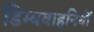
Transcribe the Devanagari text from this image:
डिम्बवाहनियों